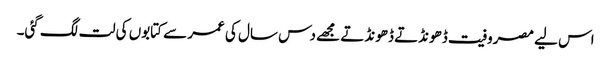
اس لیے مصروفیت ڈھونڈتے ڈھونڈتے مجھے دس سال کی عمر سے کتابوں کی لت لگ گئی۔